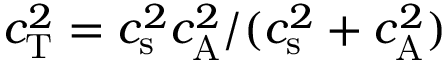
c _ { \mathrm { T } } ^ { 2 } = { c _ { \mathrm { s } } ^ { 2 } c _ { \mathrm { A } } ^ { 2 } / ( c _ { \mathrm { s } } ^ { 2 } + c _ { \mathrm { A } } ^ { 2 } ) }